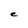
Character: e